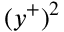
( y ^ { + } ) ^ { 2 }